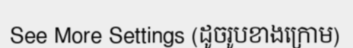
See More Settings (ដូចរូបខាងក្រោម)